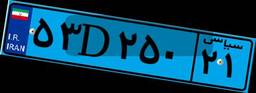
۶۸D۰۹۴۷۴